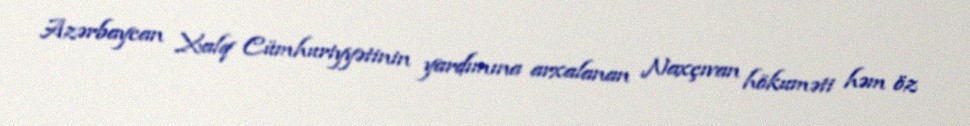
Azərbaycan Xalq Cümhuriyyətinin yardımına arxalanan Naxçıvan hökuməti həm öz